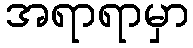
အရာရာမှာ